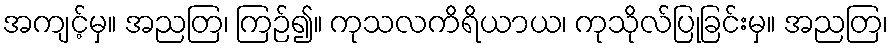
အကျင့်မှ။ အညတြ၊ ကြဉ်၍။ ကုသလကိရိယာယ၊ ကုသိုလ်ပြုခြင်းမှ။ အညတြ၊